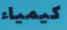
كيمياء